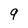
Character: 9